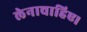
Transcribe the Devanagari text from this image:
लेनाचाहिए।